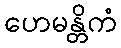
ဟေမန္တိကံ